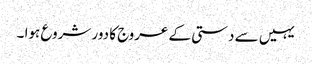
یہیں سے دستی کے عروج کا دور شروع ہوا ۔